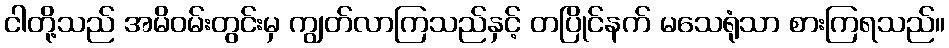
ငါတို့သည် အမိဝမ်းတွင်းမှ ကျွတ်လာကြသည်နှင့် တပြိုင်နက် မသေရုံသာ စားကြရသည်။